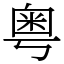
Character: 粤